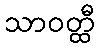
သာဝတ္ထီ